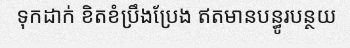
ទុកដាក់ ខិតខំប្រឹងប្រែង ឥតមានបន្ធូរបន្ថយ